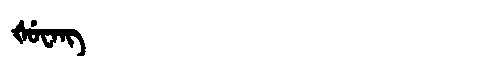
Manchu: ᡧᡠᠸᠠᠩ
Romanization: ŠUWANG